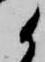
候